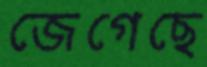
জেগেছে